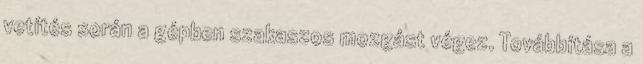
vetítés során a gépben szakaszos mozgást végez. Továbbítása a